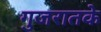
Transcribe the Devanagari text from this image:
गुजरातके